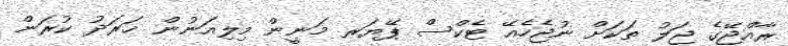
ރާއްޖޭގެ ޖަލު ތަކަށް ނުޖެހެއޭ ޓެކްސް ޕޭޔަރ މަނީން މިލިއަނުން ޚަރަދު ކުރަން